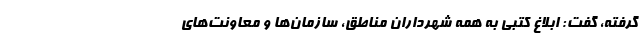
گرفته، گفت: ابلاغ کتبی به همه شهرداران مناطق، سازمان‌ها و معاونت‌های